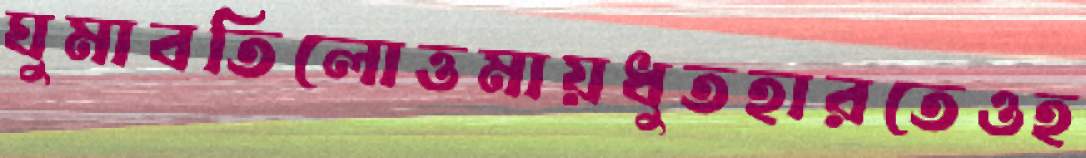
ঘুমাবতিলোত্তমায়ধুতহারতেওহ